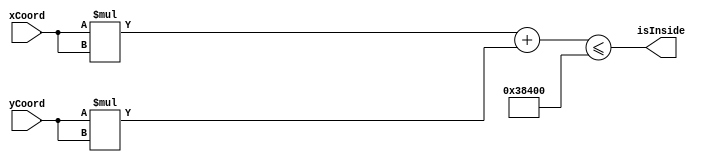
module circleChecker (
   output reg        isInside,
   input  wire [9:0] xCoord,
   input  wire [9:0] yCoord
);
    
    parameter CIRCLE_RADIUS_SQUARED = 18'h3_8400;

    reg [18:0] xSquared, ySquared;
    reg [19:0] squaredSum;
   
    always @ (*) begin
        xSquared = xCoord * xCoord;
        ySquared = yCoord * yCoord;
        squaredSum = xSquared + ySquared;
        isInside = squaredSum <= CIRCLE_RADIUS_SQUARED;
    end
endmodule